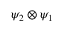
\psi _ { 2 } \otimes \psi _ { 1 }